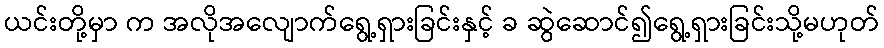
ယင်းတို့မှာ က အလိုအလျောက်ရွေ့ရှားခြင်းနှင့် ခ ဆွဲဆောင်၍ရွေ့ရှားခြင်းသို့မဟုတ်